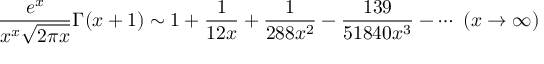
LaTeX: { \frac { e ^ { x } } { x ^ { x } { \sqrt { 2 \pi x } } } } \Gamma ( x + 1 ) \sim 1 + { \frac { 1 } { 1 2 x } } + { \frac { 1 } { 2 8 8 x ^ { 2 } } } - { \frac { 1 3 9 } { 5 1 8 4 0 x ^ { 3 } } } - \cdots \ ( x \to \infty )